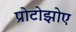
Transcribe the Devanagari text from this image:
प्रोटोझोए